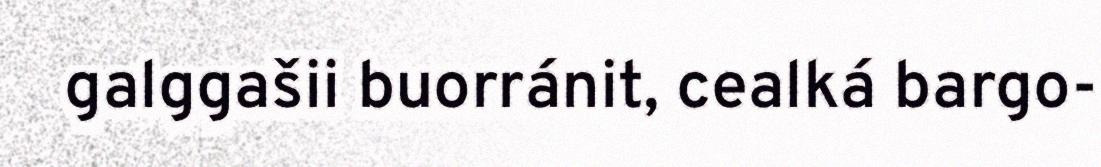
galggašii buorránit, cealká bargo-